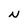
Character: N